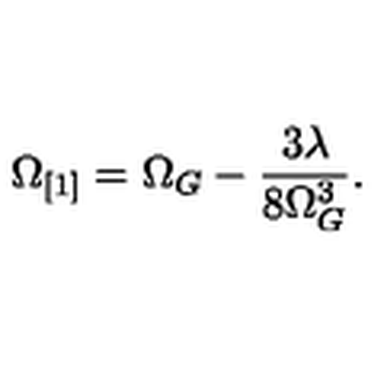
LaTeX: \Omega _ { [ 1 ] } = \Omega _ { G } - \frac { 3 \lambda } { 8 \Omega _ { G } ^ { 3 } } .